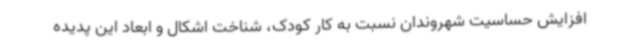
افزایش حساسیت شهروندان نسبت به کار کودک، شناخت اشکال و ابعاد این پدیده